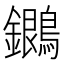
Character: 𪇩